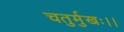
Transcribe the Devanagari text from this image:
चतुर्मुखः।।